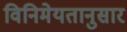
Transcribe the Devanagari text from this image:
विनिमेयतानुसार